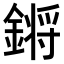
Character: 𨪙